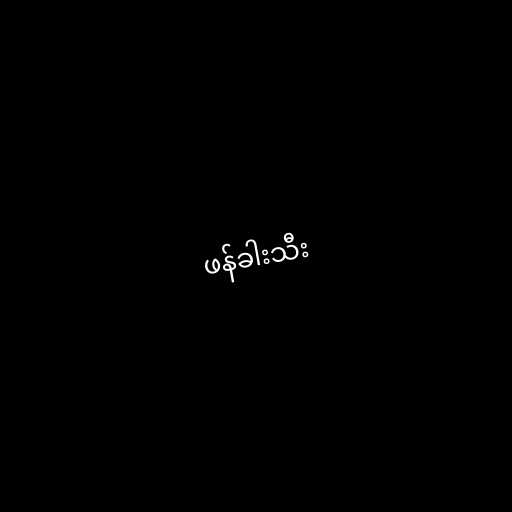
ဖန်ခါးသီး